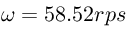
\omega = 5 8 . 5 2 r p s